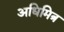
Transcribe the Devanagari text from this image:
अधिमित्र